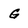
Character: G